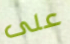
على